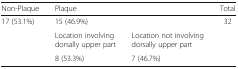
<table><thead><tr><td><b>Non-Plaque</b></td><td colspan="2"><b>Plaque</b></td><td><b>Total</b></td></tr></thead><tbody><tr><td rowspan="3">17 (53.1%)</td><td colspan="2">15 (46.9%)</td><td rowspan="3">32</td></tr><tr><td>Location involving dorsally upper part</td><td>Location not involving dorsally upper part</td></tr><tr><td>8 (53.3%)</td><td>7 (46.7%)</td></tr></tbody></table>